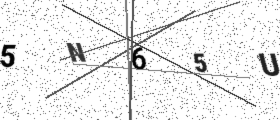
Text: 5N65U